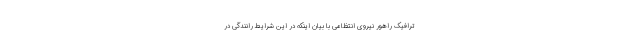
ترافیک راهور نیروی انتظامی با بیان اینکه در این شرایط رانندگی در